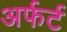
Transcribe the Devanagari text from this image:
अर्फर्ट